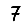
Digit: 7